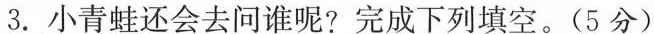
3. 小青蛙还会去问谁呢?完成下列填空。(5分)